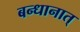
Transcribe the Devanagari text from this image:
बन्धानात्